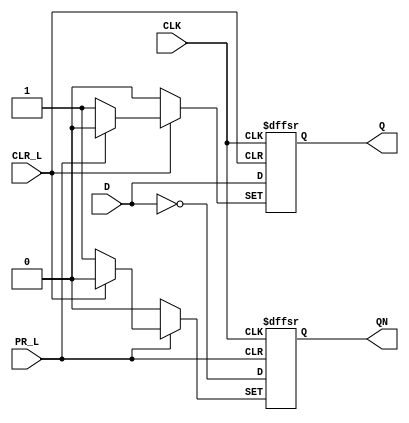
module xw74x74(
CLK , D , PR_L , CLR_L , Q , QN
);

input	CLK , D , PR_L , CLR_L ; 
output Q , QN ;
reg Q , QN ;

// CLR_L  0 Q = 0, QN = 1
// PR_L  0 Q = 1, QN = 0;
// CLR_L = PR_L = 1 Q = D, QN = ~D;

always @ ( posedge CLK or negedge PR_L or negedge CLR_L ) 
begin
	if(!CLR_L)
		begin
			Q<=0;QN<=1;
 
		end
	else if(!PR_L) 
		begin
			Q<=1;QN<=0;
 		end

	else
 		begin
			Q<=D;QN<=~D;
		end
end
endmodule